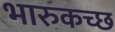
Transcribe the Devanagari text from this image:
भारुकच्छ